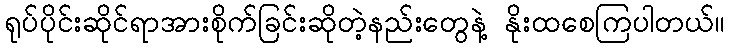
ရုပ်ပိုင်းဆိုင်ရာအားစိုက်ခြင်းဆိုတဲ့နည်းတွေနဲ့ နိုးထစေကြပါတယ်။